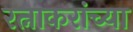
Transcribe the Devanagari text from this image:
रत्नाकरांच्या